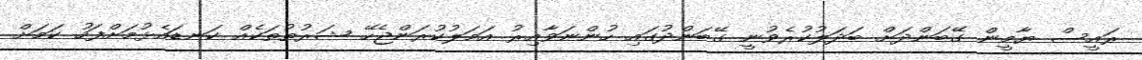
ރައީސް ޔާމީން ގޭބަންދަށް ބަދަލުކުރެވުނީ ގޭބަންދުގައި ހުންނަވާއިރު އަމަލުކުރަންޖެހޭ ޝަރުތުތަކެއް ކަނޑައެޅުމަށްފަހު ކަމަށް